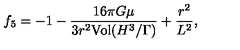
{ f _ { 5 } } = - 1 - { \frac { 1 6 \pi G \mu } { 3 r ^ { 2 } \mathrm { { V o l } } ( { H ^ { 3 } } / { \Gamma } ) } } + { \frac { r ^ { 2 } } { L ^ { 2 } } } ,